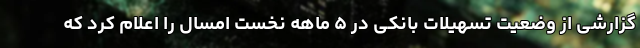
گزارشی از وضعیت تسهیلات بانکی در ۵ ماهه نخست امسال را اعلام کرد که